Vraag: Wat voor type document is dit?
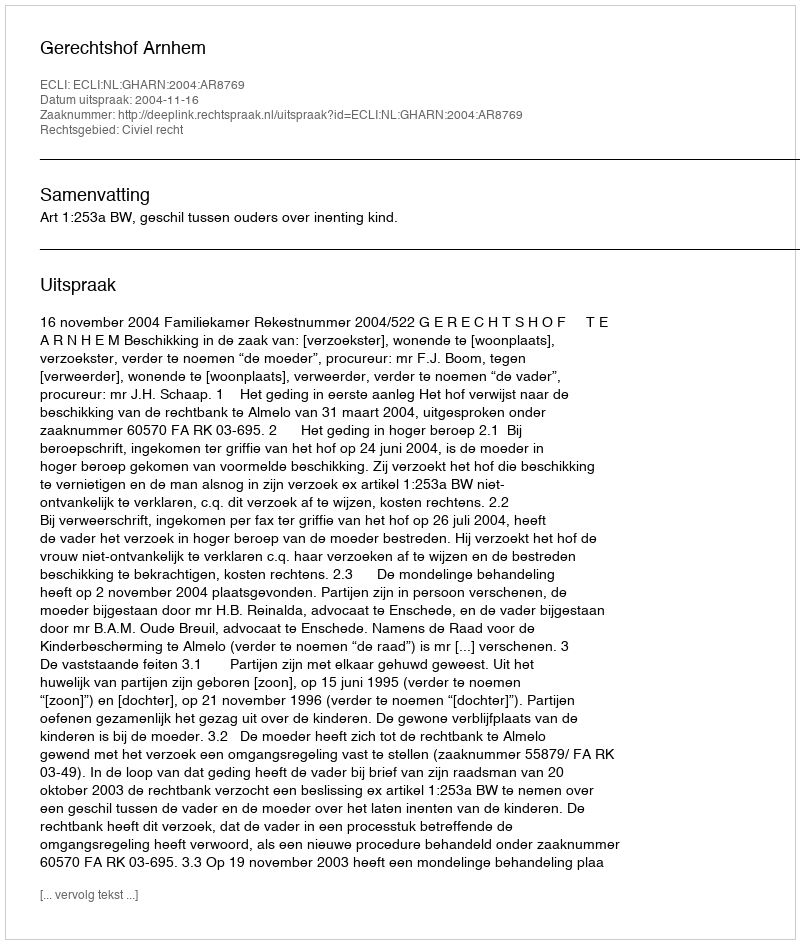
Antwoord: Uitspraak